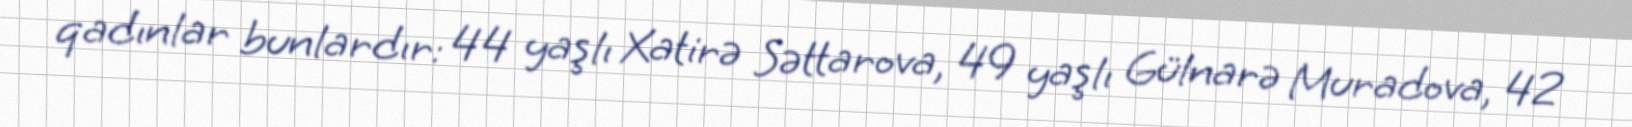
qadınlar bunlardır: 44 yaşlı Xatirə Səttarova, 49 yaşlı Gülnarə Muradova, 42